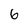
Character: 6